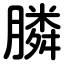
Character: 膦